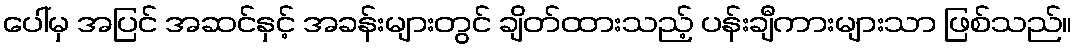
ပေါ်မှ အပြင် အဆင်နှင့် အခန်းများတွင် ချိတ်ထားသည့် ပန်းချီကားများသာ ဖြစ်သည်။